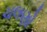
ચલણો